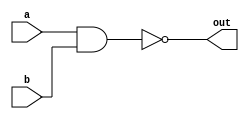
module NandBinario(a,b,out);
	input a,b;
	output out;

	assign out = ~(a&b);
endmodule